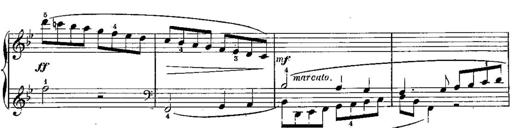
Title: 6 Sonatines
Composer: Albert Lavignac
Key: C major
 G major
 D major
 A minor
 F major
 B-flat major